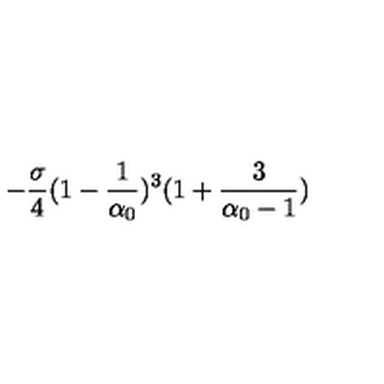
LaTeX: - \frac { \sigma } { 4 } ( 1 - \frac { 1 } { \alpha _ { 0 } } ) ^ { 3 } ( 1 + \frac { 3 } { \alpha _ { 0 } - 1 } )